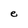
Character: e